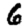
Digit: 6